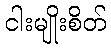
ငါးမျိုးစိတ်